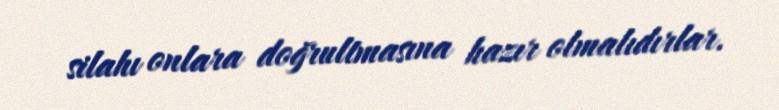
silahı onlara doğrultmasına hazır olmalıdırlar.